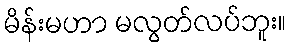
မိန်းမဟာ မလွတ်လပ်ဘူး။